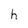
Character: h